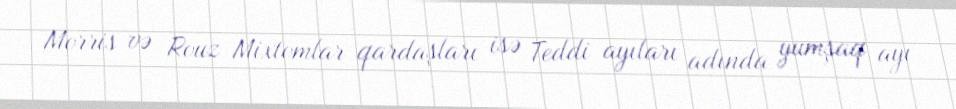
Morris və Rouz Mixtomlar qardaşları isə Teddi ayıları adında yumşaq ayı